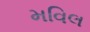
મવિલ